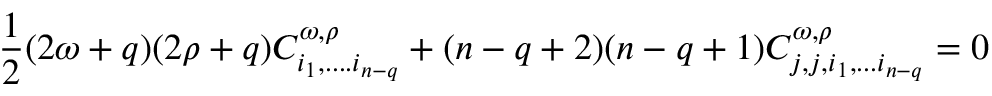
\frac 1 2 ( 2 \omega + q ) ( 2 \rho + q ) C _ { i _ { 1 } , . . . . i _ { n - q } } ^ { \omega , \rho } + ( n - q + 2 ) ( n - q + 1 ) C _ { j , j , i _ { 1 } , . . . i _ { n - q } } ^ { \omega , \rho } = 0 ~ ~ ~